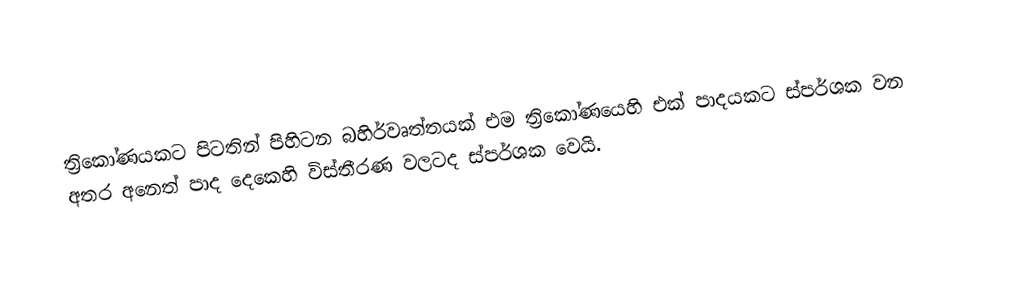
ත්‍රිකෝණයකට පිටතින් පිහිටන බහිර්වෘත්තයක් එම ත්‍රිකෝණයෙහි එක් පාදයකට ස්පර්ශක වන අතර අනෙත් පාද දෙකෙහි විස්තීරණ වලටද ස්පර්ශක වෙයි.